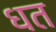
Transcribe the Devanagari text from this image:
धत